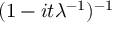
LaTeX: \! \, ( 1 - i t \lambda ^ { - 1 } ) ^ { - 1 }